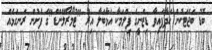
ބޮޑު ބަޖެޓަކުން ހަދާފައިވާ ޑިޒްނީގެ ފިލްމަކާ އަޅާބަލާ އިރު "ޓުމޯރޯލޭންޑް"ގެ ފެށުން ރަނގަޅެއް